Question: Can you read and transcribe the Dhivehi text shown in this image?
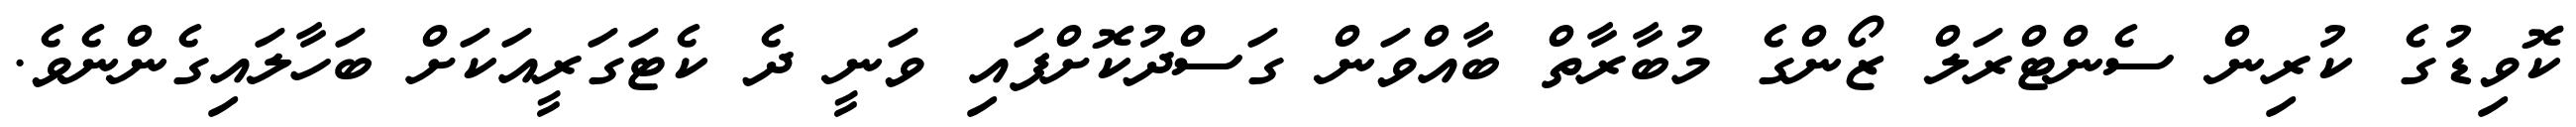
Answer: ކޮވިޑުގެ ކުރިން ސެންޓްރަލް ޒޯންގެ މުބާރާތް ބާއްވަން ގަސްދުކޮށްފައި ވަނީ ދެ ކެޓަގަރީއަކަށް ބަހާލައިގެންނެވެ.